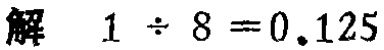
解 \(1\div8 = 0.125\)